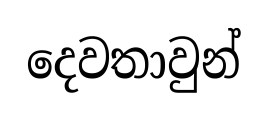
දෙවතාවුන්